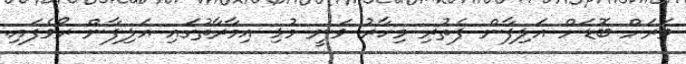
ވަރަށް ބޮޑަށް އަލިފާން ފެތުރި މިހާރު ވަނީ މުޅި އިމާރާތުގައި އަލިފާން ރޯވެފައި.